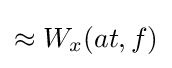
\approx W_{x}(at,f)